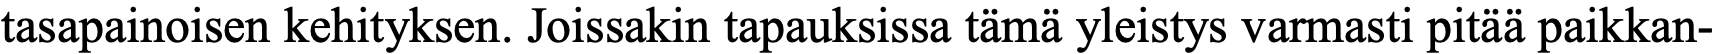
tasapainoisen kehityksen. Joissakin tapauksissa tämä yleistys varmasti pitää paikkan-